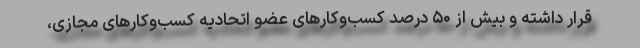
قرار داشته و بیش از ۵۰ درصد کسب‌وکارهای عضو اتحادیه کسب‌وکارهای مجازی،